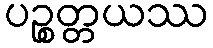
ပဉ္စတ္တယဿ